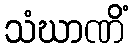
သံဃာဏိံ